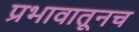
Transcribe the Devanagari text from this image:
प्रभावातूनच